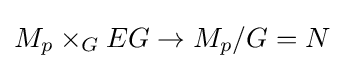
M_{p}\times _{G}EG\to M_{p}/G=N